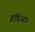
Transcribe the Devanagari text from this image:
इंडियाः